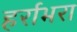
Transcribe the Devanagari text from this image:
हर्राभरा